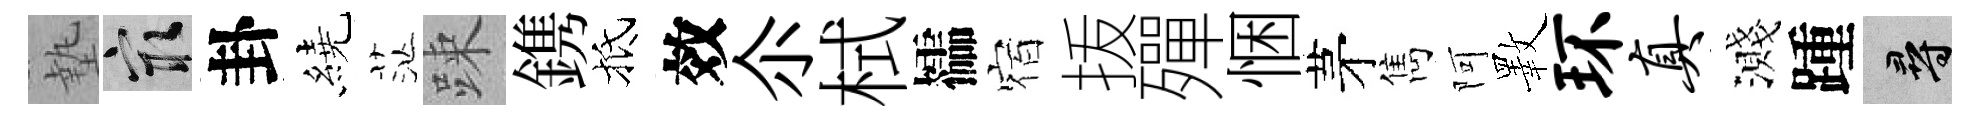
墊冣卦繞茫踈鎸抵效尒栻櫺宿㧞殫悃茅雋阿斁环真濺踵尋